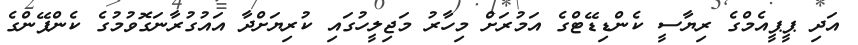
އަދި ޕީޕީއެމްގެ ރިޔާސީ ކެންޑިޑޭޓްގެ އަމުރަށް މިހާރު މަޖިލީހުގައި ކުރިޔަށްދާ އައުގުރާނަގޮވުމުގެ ކެންޕޭންގެ